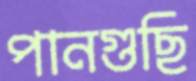
পানগুছি